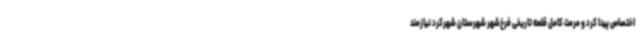
اختصاص پیدا کرد و مرمت کامل قلعه تاریخی فرخ‌شهر شهرستان شهرکرد نیازمند